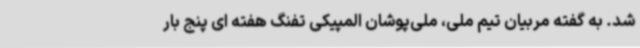
شد. به گفته مربیان تیم ملی، ملی‌پوشان المپیکی تفنگ هفته ای پنج بار